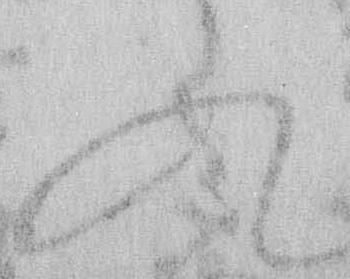
入